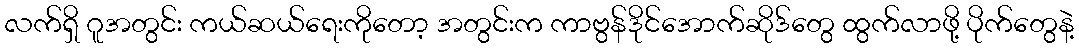
လက်ရှိ ဂူအတွင်း ကယ်ဆယ်ရေးကိုတော့ အတွင်းက ကာဗွန်ဒိုင်အောက်ဆိုဒ်တွေ ထွက်လာဖို့ ပိုက်တွေနဲ့